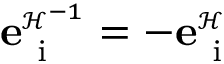
{ \mathbf e } _ { \mathrm { ~ i ~ } } ^ { \scriptscriptstyle \mathcal { H } ^ { - 1 } } = - { \mathbf e } _ { \mathrm { ~ i ~ } } ^ { \scriptscriptstyle \mathcal { H } }